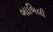
બાબિલી